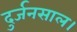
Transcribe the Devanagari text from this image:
दुर्जनसाल।